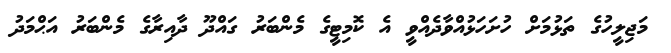
މަޖިލީހުގެ ތަޅުމަށް ހުށަހަޅުއްވާދެއްވީ އެ ކޮމިޓީގެ މެންބަރު ގައްދޫ ދާއިރާގެ މެންބަރު އަޙްމަދު